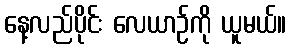
နေ့လည်ပိုင်း လေယာဉ်ကို ယူမယ်။